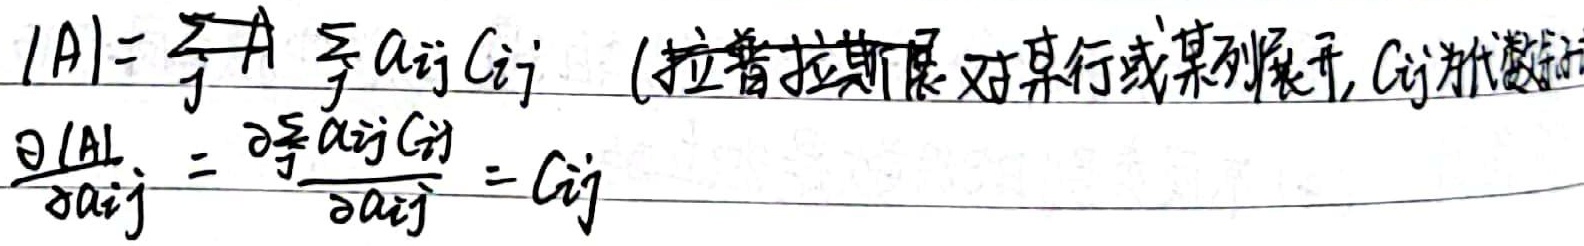
（拉普拉斯展对某行或某列展开，\(C_{ij}\)为代数余子式）
\[\begin{align*}
|A|&=\sum_{j} \sum_{i} a_{ij} C_{ij}\\
\frac{\partial |A|}{\partial a_{ij}}&=\frac{\partial\sum_{j} a_{ij} C_{ij}}{\partial a_{ij}} = C_{ij}
\end{align*}\]